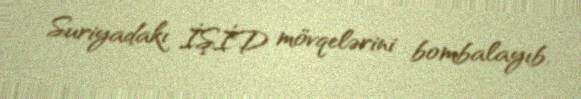
Suriyadakı İŞİD mövqelərini bombalayıb.